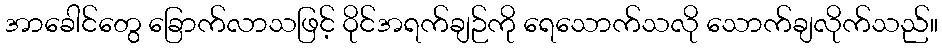
အာခေါင်တွေ ခြောက်လာသဖြင့် ဝိုင်အရက်ချဉ်ကို ရေသောက်သလို သောက်ချလိုက်သည်။